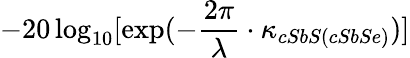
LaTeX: -20\log_{10}[\exp(-\frac{2\pi}{\lambda}\cdot\kappa_{cSbS(cSbSe)})]